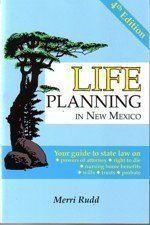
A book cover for Life Planning in New Mexico: Your Guide to State Law on Powers of Attorney, Right to Die, Nursing Ho; Merri Rudd; Law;